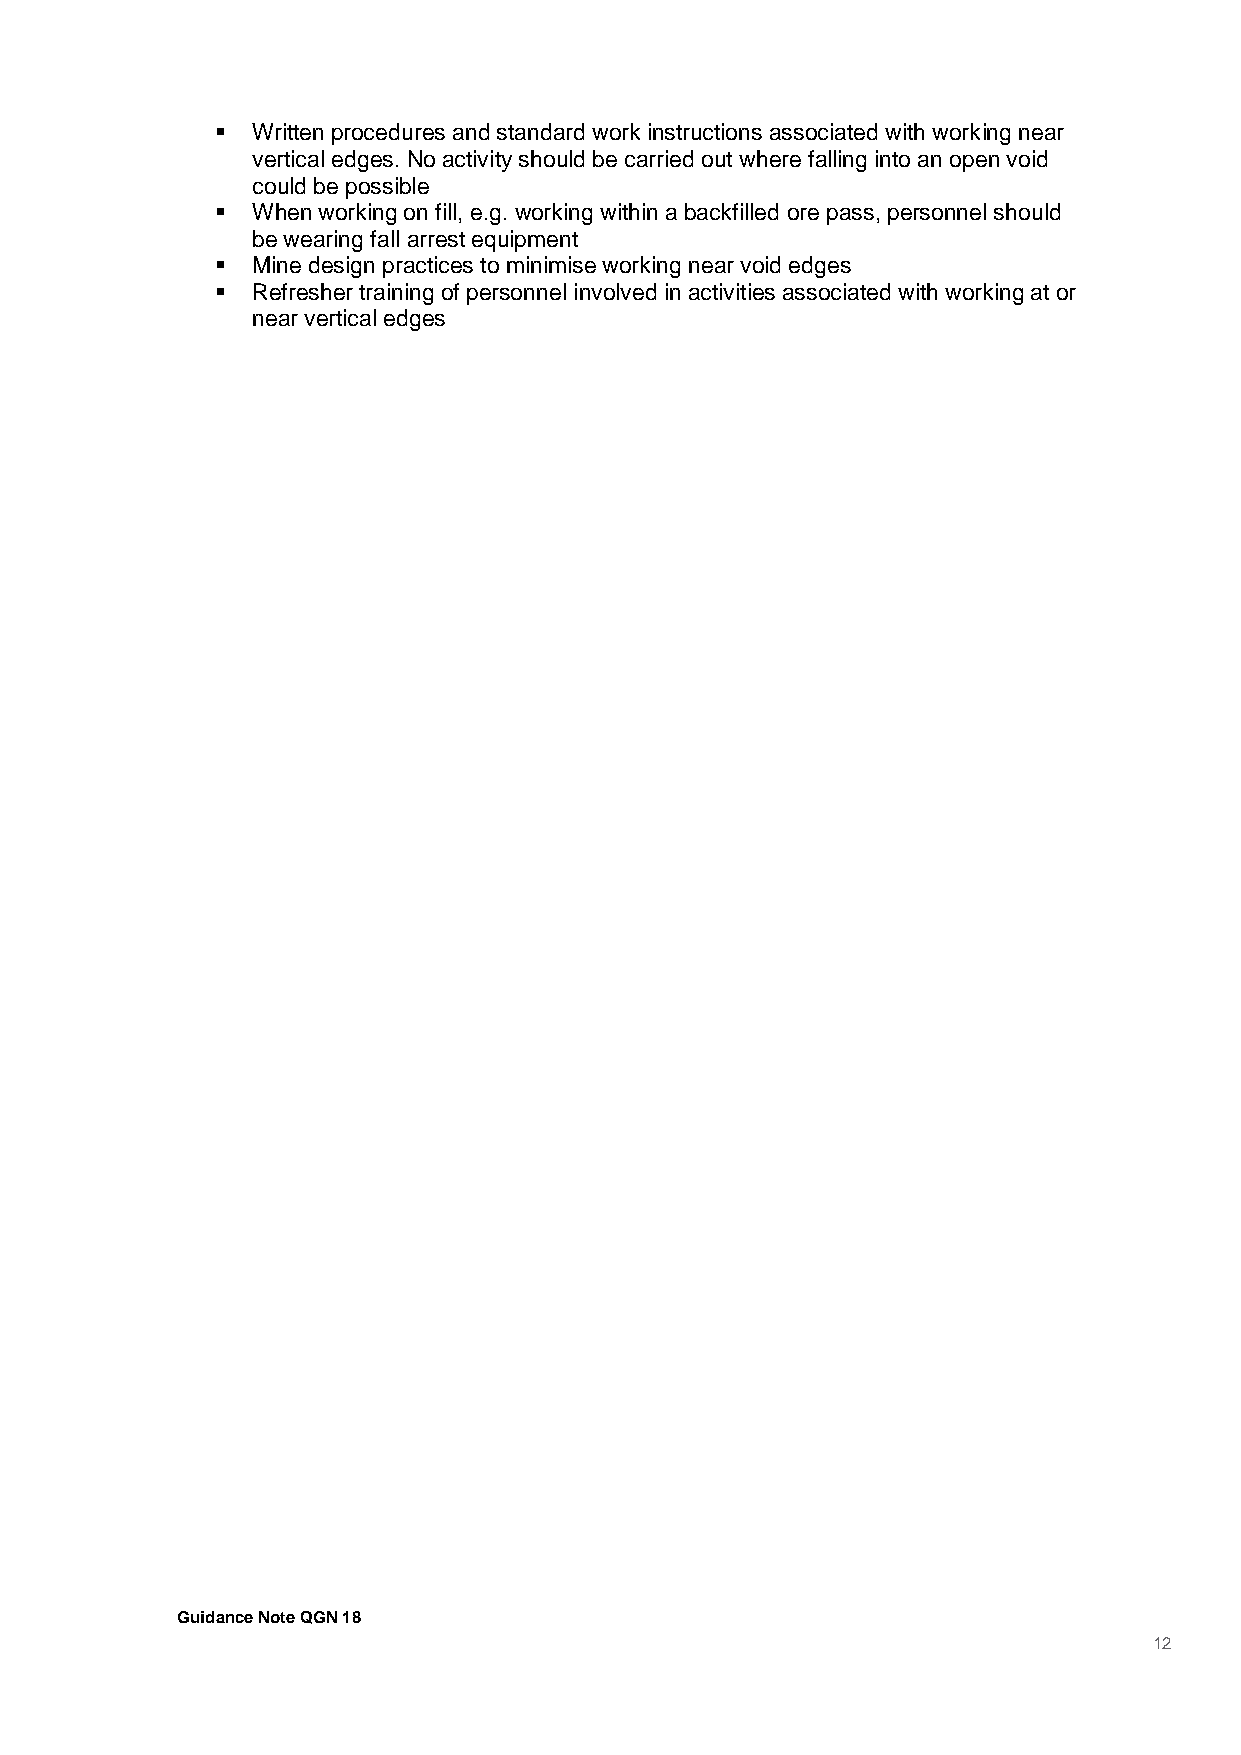
  Written procedures and standard work instructions associated with working near
 vertical edges. No activity should be carried out where falling into an open void
 could be possible
   When working on fill, e.g. working within a backfilled ore pass, personnel should
 be wearing fall arrest equipment
   Mine design practices to minimise working near void edges
   Refresher training of personnel involved in activities associated with working at or
 near vertical edges
 Guidance Note QGN 18
 12